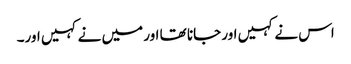
اس نے کہیں اور جانا تھا اور میں نے کہیں اور۔